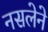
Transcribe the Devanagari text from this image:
नसलेने